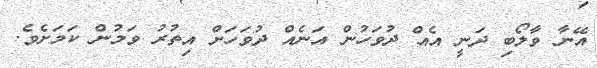
އޭނާ ވާލޯބި ދަނީ އެއް ދުވަހުން އަނެއް ދުވަހަށް އިތުރު ވަމުން ކަމަށެވެ.